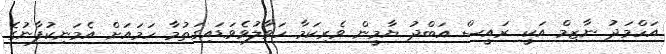
އަހްމަދު ނާޒިމް އަކީ ރައީސް އަބްދު ޔާމީން ވެރިކަމާ ހަވާލުވެވަޑައިގަތުމާ ހަމައަށް އެމަނިކުފާނުގެ